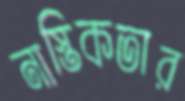
নাস্তিকতার